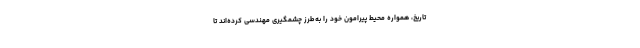
تاریخ، همواره محیط پیرامون خود را به‌طرز چشمگیری مهندسی کرده‌اند تا